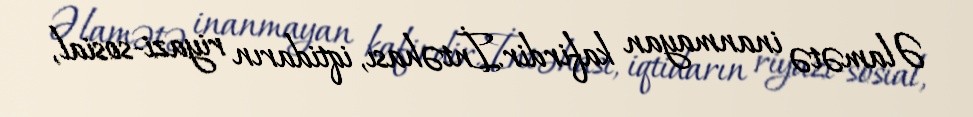
Əlamətə inanmayan kafirdir.İntəhası, iqtidarın riyazi-sosial,